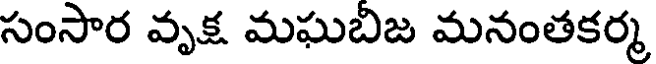
సంసార వృక్ష మఘబిజ మనంతకర్మ